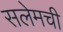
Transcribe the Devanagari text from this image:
सलेमची